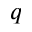
q